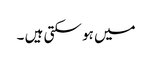
میں ہو سکتی ہیں ۔